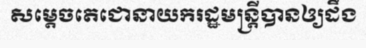
សម្តេចតេជោនាយករដ្ឋមន្ត្រីបានឲ្យដឹង